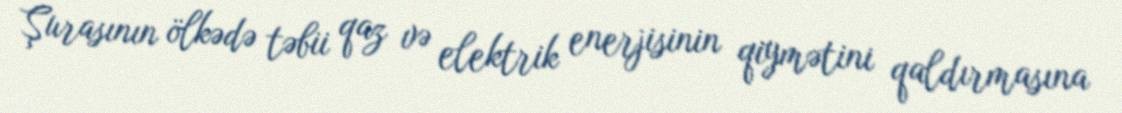
Şurasının ölkədə təbii qaz və elektrik enerjisinin qiymətini qaldırmasına